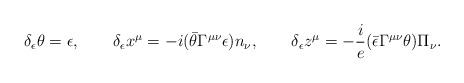
\begin{align*}\delta_\epsilon\theta=\epsilon, \qquad\delta_\epsilon x^\mu=-i(\bar\theta\Gamma^{\mu\nu}\epsilon)n_\nu, \qquad\delta_\epsilon z^\mu=-\frac{i}{e}(\bar\epsilon\Gamma^{\mu\nu}\theta)\Pi_\nu.\end{align*}